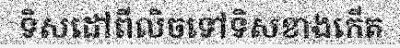
ទិសដៅពីលិចទៅទិសខាងកើត